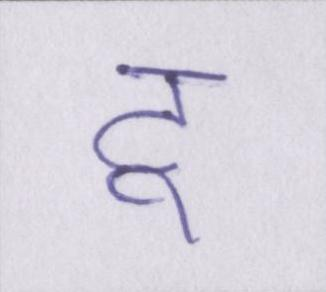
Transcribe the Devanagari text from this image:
टू